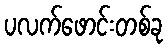
ပလက်ဖောင်းတစ်ခု